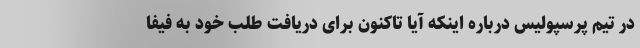
در تیم پرسپولیس درباره اینکه آیا تاکنون برای دریافت طلب خود به فیفا